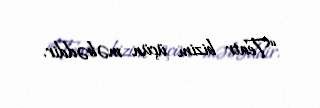
“Teatr bizim üçün məbəddir.